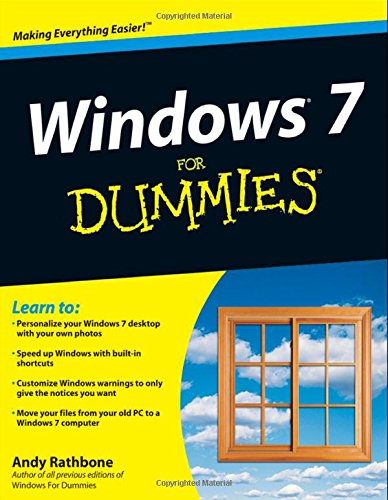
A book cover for Windows 7 For Dummies; Andy Rathbone; Computers & Technology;